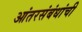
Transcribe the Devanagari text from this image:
आंतरसंबंधांची